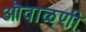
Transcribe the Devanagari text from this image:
ऒवाळणी